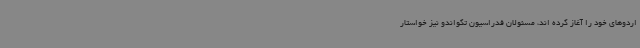
اردوهای خود را آغاز کرده اند، مسئولان فدراسیون تکواندو نیز خواستار